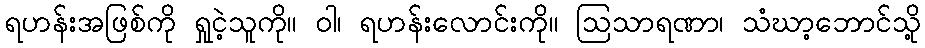
ရဟန်းအဖြစ်ကို ရှုငဲ့သူကို။ ဝါ၊ ရဟန်းလောင်းကို။ ဩသာရဏာ၊ သံဃာ့ဘောင်သို့